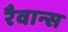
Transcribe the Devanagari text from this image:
रैवान्स